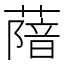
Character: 𦺼